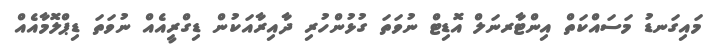
މައިގަނޑު މަސައްކަތް އިންޓާރނަލް އޮޑިޓް ނުވަތަ ގުޅުންހުރި ދާއިރާއަކުން ޑިގްރީއެއް ނުވަތަ ޑިޕްލޮމާއެއް